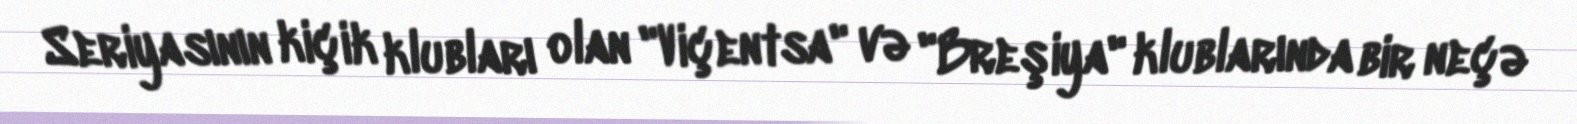
Seriyasının kiçik klubları olan "Viçentsa" və "Breşiya" klublarında bir neçə